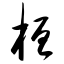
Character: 桓